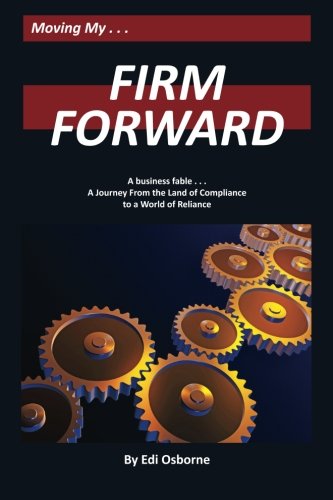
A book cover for Firm Forward: A Journey From the Land of Compliance to the World of Reliance; Edi Osborne; Business & Money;